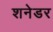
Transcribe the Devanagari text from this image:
शनेडर